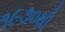
૧૯૭૦થી